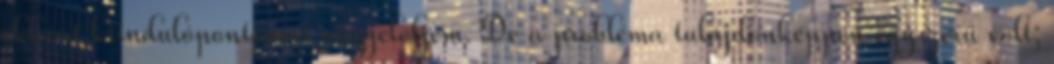
ekként kiindulópontomat megjelöljem. De a probléma tulajdonképpen egyszerű volt;